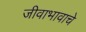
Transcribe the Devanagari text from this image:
जीवाभावाचे